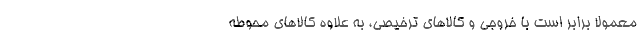
معمولا برابر است با خروجی و کالاهای ترخیصی، به علاوه کالاهای محوطه